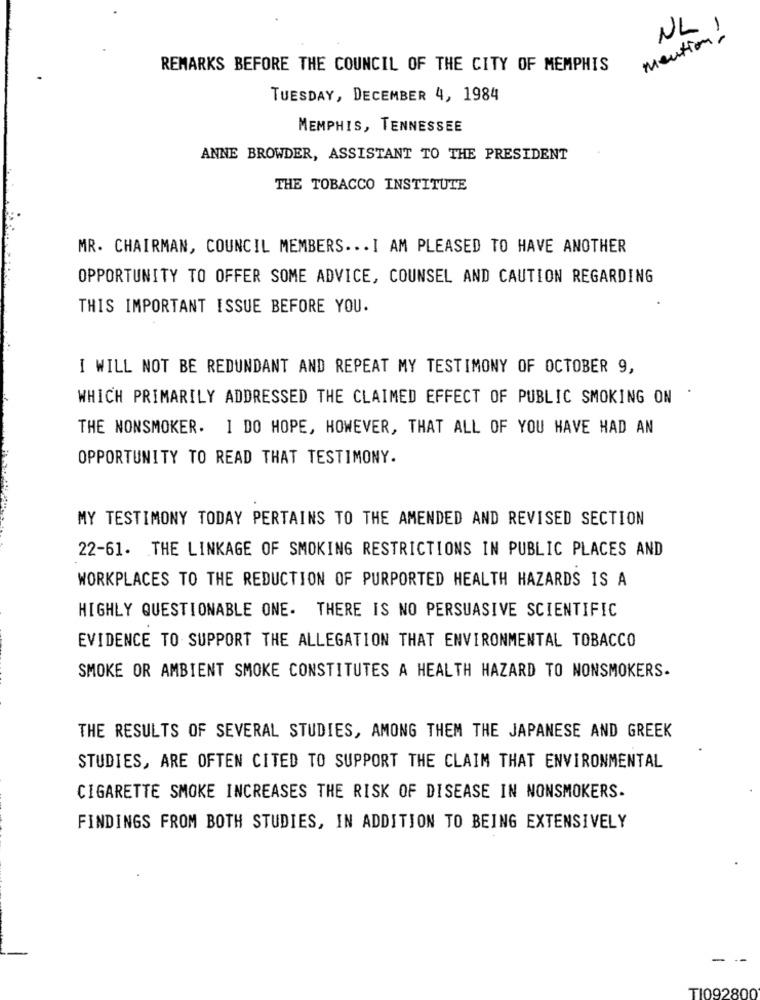
NL )
mention-
REMARKS BEFORE THE COUNCIL OF THE CITY OF MEMPHIS
TUESDAY, DECEMBER 4, 1984
MEMPHIS, TENNESSEE
ANNE BROWDER, ASSISTANT TO THE PRESIDENT
THE TOBACCO INSTITUTE
MR. CHAIRMAN, COUNCIL MEMBERS ... I AM PLEASED TO HAVE ANOTHER
OPPORTUNITY TO OFFER SOME ADVICE, COUNSEL AND CAUTION REGARDING
THIS IMPORTANT ISSUE BEFORE YOU.
I WILL NOT BE REDUNDANT AND REPEAT MY TESTIMONY OF OCTOBER 9,
WHICH PRIMARILY ADDRESSED THE CLAIMED EFFECT OF PUBLIC SMOKING ON
THE NONSMOKER. 1 DO HOPE, HOWEVER, THAT ALL OF YOU HAVE HAD AN
OPPORTUNITY TO READ THAT TESTIMONY.
MY TESTIMONY TODAY PERTAINS TO THE AMENDED AND REVISED SECTION
22-61. THE LINKAGE OF SMOKING RESTRICTIONS IN PUBLIC PLACES AND
WORKPLACES TO THE REDUCTION OF PURPORTED HEALTH HAZARDS IS A
HIGHLY QUESTIONABLE ONE. THERE IS NO PERSUASIVE SCIENTIFIC
EVIDENCE TO SUPPORT THE ALLEGATION THAT ENVIRONMENTAL TOBACCO
SMOKE OR AMBIENT SMOKE CONSTITUTES A HEALTH HAZARD TO NONSMOKERS.
THE RESULTS OF SEVERAL STUDIES, AMONG THEM THE JAPANESE AND GREEK
STUDIES, ARE OFTEN CITED TO SUPPORT THE CLAIM THAT ENVIRONMENTAL
CIGARETTE SMOKE INCREASES THE RISK OF DISEASE IN NONSMOKERS.
FINDINGS FROM BOTH STUDIES, IN ADDITION TO BEING EXTENSIVELY
TI092800